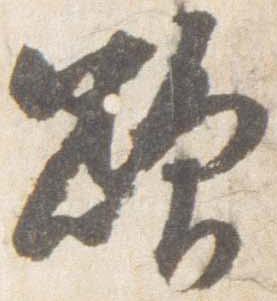
欲